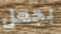
بجعل